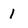
Character: 1